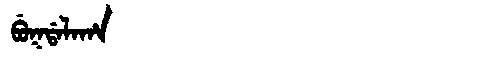
Manchu: ᠪᡠᡴᡩᠠᠯᠠᡥᠠ
Romanization: BUKDALAHA